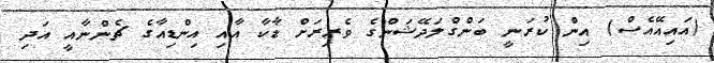
(އައިއޭއެސް) އިން ކުރަނީ ބަންގްލަދޭޝަންގެ ވެރިރަށް ޑާކާ އާއި އިންޑިއާގެ ޗެންނާއީ އަދި